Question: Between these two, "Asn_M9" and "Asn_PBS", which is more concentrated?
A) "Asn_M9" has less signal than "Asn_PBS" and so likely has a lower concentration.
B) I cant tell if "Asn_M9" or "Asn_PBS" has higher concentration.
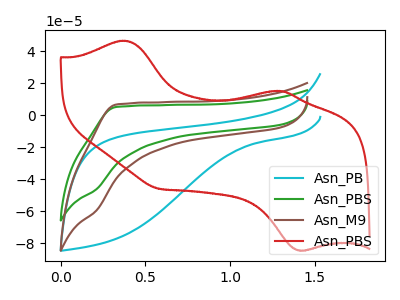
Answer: <think>The cyan curve "Asn_PB" has no peaks. The green curve "Asn_PBS" has no peaks. The brown curve "Asn_M9" has no peaks. The red curve "Asn_PBS" has anodic peaks at (0.40V, 46.65uA) (1.30V, 15.30uA) and cathodic peaks at (1.40V, -84.40uA) (0.60V, -45.90uA).
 Neither "Asn_M9" or "Asn_PBS" have any peaks.</think>
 <answer>B) I cant tell if "Asn_M9" or "Asn_PBS" has higher concentration.</answer>
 <eval>B</eval>